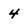
Character: 4